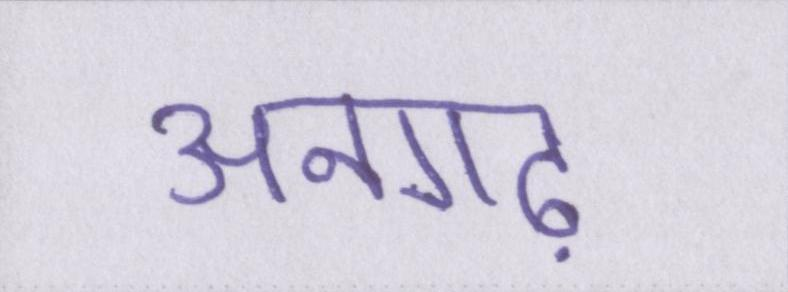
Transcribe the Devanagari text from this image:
अनगढ़